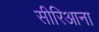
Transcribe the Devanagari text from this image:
सीरिआना